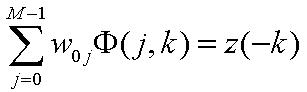
\[
\sum_{j=0}^{M - 1} w_{0j} \Phi(j, k) = z(-k)
\]